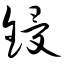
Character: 锓